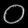
Digit: ၀